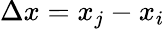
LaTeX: \Delta x=x_{j}-x_{i}